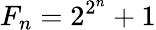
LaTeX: F_{n}=2^{2^{n}}+1